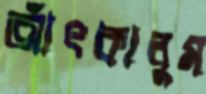
আঁৎকালুম